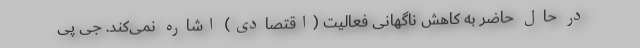
در حال حاضر به کاهش ناگهانی فعالیت (اقتصادی) اشاره نمی‌کند. جی پی